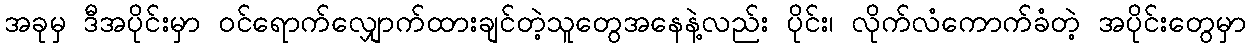
အခုမှ ဒီအပိုင်းမှာ ဝင်ရောက်လျှောက်ထားချင်တဲ့သူတွေအနေနဲ့လည်း ပိုင်း၊ လိုက်လံကောက်ခံတဲ့ အပိုင်းတွေမှာ